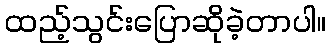
ထည့်သွင်းပြောဆိုခဲ့တာပါ။